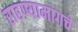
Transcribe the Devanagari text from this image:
राहण्यामागचे